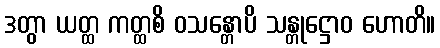
ဒတွာ ယတ္ထ ကတ္ထစိ ဝသန္တောပိ သန္တုဋ္ဌောဝ ဟောတိ။